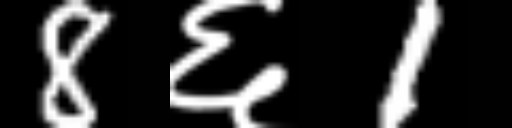
Text: 8६1